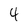
Character: 4